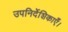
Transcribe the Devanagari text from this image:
उपनिर्देशिकाएँ।